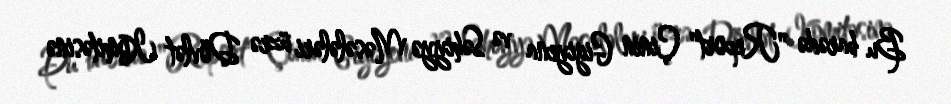
Bu barədə "Report" Çinin Gigiyena və Səhiyyə Məsələləri üzrə Dövlət Komitəsinə